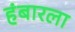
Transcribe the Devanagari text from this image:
हंबारला